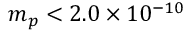
m _ { p } < 2 . 0 \times 1 0 ^ { - 1 0 }